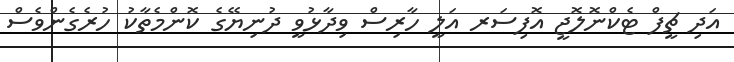
އަދި ޗީފް ޓެކްނޮލޮޖީ އޮފިސަރ އަލީ ހާރިސް ވިދާޅުވީ ދުނިޔޭގެ ކޮންމެތާކު ހުރެގެންވެސް